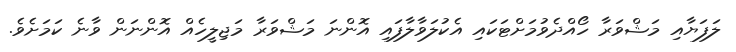
ލަފަޔާއި މަޝްވަރާ ހޯއްދެވުމަށްޓަކައި އެކުލަވާލާފައި އޮންނަ މަޝްވަރާ މަޖިލީހެއް އޮންނަން ވާނެ ކަމަށެވެ.